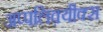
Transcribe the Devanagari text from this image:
अप्पलिक़्यीक्स